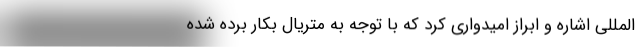
المللي اشاره و ابراز امیدواری کرد که با توجه به متریال بکار برده شده